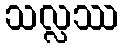
သလ္လဿ